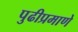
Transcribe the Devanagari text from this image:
पुढीप्रमाणे